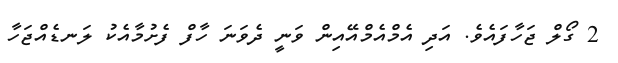
2 ގޯލް ޖަހާފައެވެ. އަދި އެމްއެމްއޭއިން ވަނީ ދެވަނަ ހާފް ފެށުމާއެކު ލަނޑެއްޖަހާ